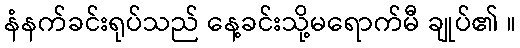
နံနက်ခင်းရုပ်သည် နေ့ခင်းသို့မရောက်မီ ချုပ်၏ ။